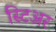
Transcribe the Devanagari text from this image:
स्टिअर